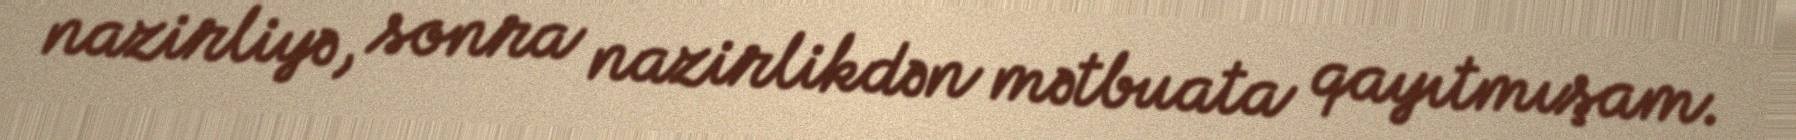
nazirliyə, sonra nazirlikdən mətbuata qayıtmışam.